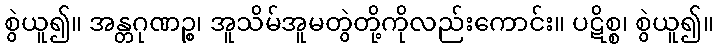
စွဲယူ၍။ အန္တဂုဏဉ္စ၊ အူသိမ်အူမတွဲတို့ကိုလည်းကောင်း။ ပဋိစ္စ၊ စွဲယူ၍။